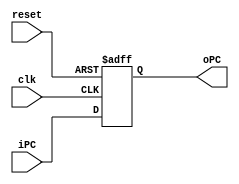
module ProgCount(clk,reset,iPC,oPC);
input clk;
input reset;
input [31:0]iPC; // iPC is the output of PCUpdate block
output reg[31:0]oPC; // oPC goes to the Instruction Memory block

always@(posedge clk,negedge reset)
	if(reset==0) oPC<=32'h0;
	else oPC<=iPC;

endmodule